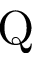
\mathrm { Q }